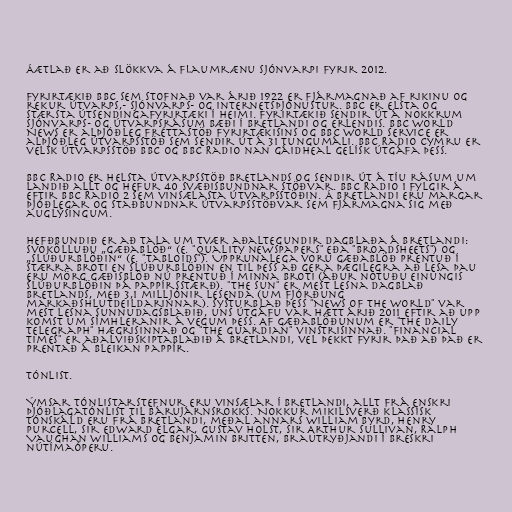
Áætlað er að slökkva á flaumrænu sjónvarpi fyrir 2012.

Fyrirtækið BBC sem stofnað var árið 1922 er fjármagnað af rikinu og
rekur útvarps,- sjónvarps- og Internetsþjónustur. BBC er elsta og
stærsta útsendingafyrirtæki í heimi. Fyrirtækið sendir út á nokkrum
sjónvarps- og útvarpsrásum bæði í Bretlandi og erlendis. BBC World
News er alþjóðleg fréttastöð fyrirtækisins og BBC World Service er
alþjóðleg útvarpsstöð sem sendir út á 31 tungumáli. BBC Radio Cymru er
velsk útvarpsstöð BBC og BBC Radio nan Gàidheal gelísk útgáfa þess.

BBC Radio er helsta útvarpsstöð Bretlands og sendir út á tíu rásum um
landið allt og hefur 40 svæðisbundnar stöðvar. BBC Radio 1 fylgir á
eftir BBC Radio 2 sem vinsælasta útvarpsstöðin. Á Bretlandi eru margar
þjóðlegar og staðbundnar útvarpsstöðvar sem fjármagna sig með
auglýsingum.

Hefðbundið er að tala um tvær aðaltegundir dagblaða á Bretlandi:
svokölluðu „gæðablöð“ (e. "quality newspapers" eða "broadsheets") og
„slúðurblöðin“ (e. "tabloids"). Upprunalega voru gæðablöð prentuð í
stærra broti en slúðurblöðin en til þess að gera þægilegra að lesa þau
eru mörg gæðisblöð nú prentuð í minna broti (áður notuðu einungis
slúðurblöðin þá pappírsstærð). "The Sun" er mest lesna dagblað
Bretlands, með 3,1 milljónir lesenda (um fjórðung
markaðshlutdeildarinnar). Systurblað þess "News of the World" var
mest lesna sunnudagsblaðið, uns útgáfu var hætt árið 2011 eftir að upp
komst um símhleranir á vegum þess. Af gæðablöðunum er "The Daily
Telegraph" hægrisinnað og "The Guardian" vinstrisinnað. "Financial
Times" er aðalviðskiptablaðið á Bretlandi, vel þekkt fyrir það að það er
prentað á bleikan pappír.

Tónlist.

Ýmsar tónlistarstefnur eru vinsælar í Bretlandi, allt frá enskri
þjóðlagatónlist til bárujárnsrokks. Nokkur mikilsverð klassísk
tónskáld eru frá Bretlandi, meðal annars William Byrd, Henry
Purcell, Sir Edward Elgar, Gustav Holst, Sir Arthur Sullivan, Ralph
Vaughan Williams og Benjamin Britten, brautryðjandi í breskri
nútímaóperu.